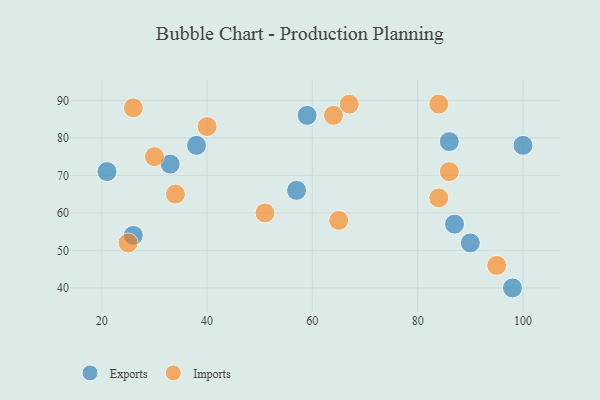
{"axis": {"x": "GDP", "y": "Life Expectancy"}, "legend": ["Exports", "Imports"], "data": [{"x": "57", "y": 66, "type": "Exports"}, {"x": "26", "y": 54, "type": "Exports"}, {"x": "86", "y": 79, "type": "Exports"}, {"x": "100", "y": 78, "type": "Exports"}, {"x": "21", "y": 71, "type": "Exports"}, {"x": "38", "y": 78, "type": "Exports"}, {"x": "59", "y": 86, "type": "Exports"}, {"x": "87", "y": 57, "type": "Exports"}, {"x": "98", "y": 40, "type": "Exports"}, {"x": "90", "y": 52, "type": "Exports"}, {"x": "33", "y": 73, "type": "Exports"}, {"x": "25", "y": 52, "type": "Imports"}, {"x": "86", "y": 71, "type": "Imports"}, {"x": "84", "y": 89, "type": "Imports"}, {"x": "34", "y": 65, "type": "Imports"}, {"x": "64", "y": 86, "type": "Imports"}, {"x": "84", "y": 64, "type": "Imports"}, {"x": "30", "y": 75, "type": "Imports"}, {"x": "65", "y": 58, "type": "Imports"}, {"x": "95", "y": 46, "type": "Imports"}, {"x": "67", "y": 89, "type": "Imports"}, {"x": "51", "y": 60, "type": "Imports"}, {"x": "26", "y": 88, "type": "Imports"}, {"x": "40", "y": 83, "type": "Imports"}]}